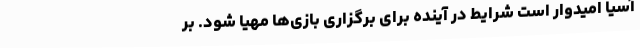
آسیا امیدوار است شرایط در آینده برای برگزاری بازی‌ها مهیا شود. بر